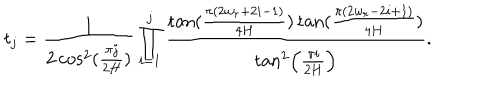
t _ { j } = \frac { 1 } { 2 \cos ^ { 2 } ( \frac { \pi j } { 2 H } ) } \prod _ { i = 1 } ^ { j } \frac { \tan ( \frac { \pi ( 2 w _ { r } + 2 i - 1 ) } { 4 H } ) \tan ( \frac { \pi ( 2 w _ { r } - 2 i + 1 ) } { 4 H } ) } { \tan ^ { 2 } \left( \frac { \pi i } { 2 H } \right) } .